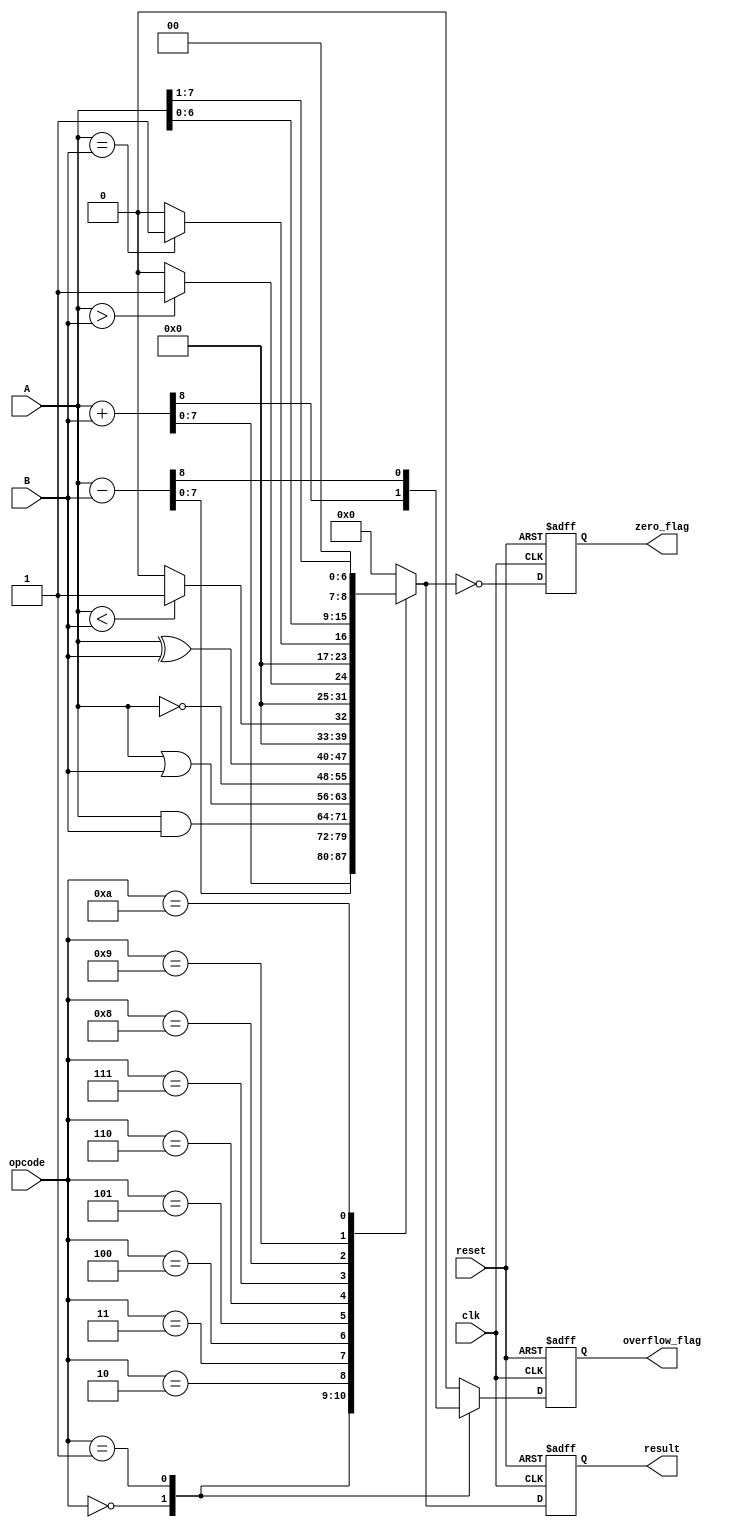
module ParameterizedALU #(
    parameter WIDTH = 8
)(
    input  wire [WIDTH-1:0] A,
    input  wire [WIDTH-1:0] B,
    input  wire [3:0] opcode, // opcode for operation selection
    input  wire clk,
    input  wire reset,
    output reg  [WIDTH-1:0] result,
    output reg  zero_flag,
    output reg  overflow_flag
);

    // Define opcodes
    localparam ADD       = 4'b0000;
    localparam SUB       = 4'b0001;
    localparam AND       = 4'b0010;
    localparam OR        = 4'b0011;
    localparam NOT       = 4'b0100;
    localparam XOR       = 4'b0101;
    localparam LESS_THAN = 4'b0110;
    localparam GREATER_THAN = 4'b0111;
    localparam EQUAL_TO  = 4'b1000;
    localparam LEFT_SHIFT = 4'b1001;
    localparam RIGHT_SHIFT = 4'b1010;

    always @(posedge clk or posedge reset) begin
        if (reset) begin
            result <= 0;
            zero_flag <= 0;
            overflow_flag <= 0;
        end else begin
            case (opcode)
                ADD: begin
                    {overflow_flag, result} = A + B;
                end
                SUB: begin
                    {overflow_flag, result} = A - B;
                end
                AND: begin
                    result = A & B;
                    overflow_flag = 0; // No overflow in logical operations
                end
                OR: begin
                    result = A | B;
                    overflow_flag = 0; // No overflow in logical operations
                end
                NOT: begin
                    result = ~A; // Assume single operand for NOT
                    overflow_flag = 0; // No overflow in logical operations
                end
                XOR: begin
                    result = A ^ B;
                    overflow_flag = 0; // No overflow in logical operations
                end
                LESS_THAN: begin
                    result = (A < B) ? 1 : 0;
                    overflow_flag = 0; // No overflow in comparison
                end
                GREATER_THAN: begin
                    result = (A > B) ? 1 : 0;
                    overflow_flag = 0; // No overflow in comparison
                end
                EQUAL_TO: begin
                    result = (A == B) ? 1 : 0;
                    overflow_flag = 0; // No overflow in comparison
                end
                LEFT_SHIFT: begin
                    result = A << 1; // Shift left by 1
                    overflow_flag = 0; // No overflow in shift
                end
                RIGHT_SHIFT: begin
                    result = A >> 1; // Shift right by 1
                    overflow_flag = 0; // No overflow in shift
                end
                default: begin
                    result = 0;
                    overflow_flag = 0; // No overflow on default
                end
            endcase
            
            // Set zero_flag
            zero_flag = (result == 0);
        end
    end

endmodule